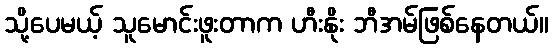
သို့ပေမယ့် သူမောင်းဖူးတာက ဟီးနိုး ဘီအမ်ဖြစ်နေတယ်။